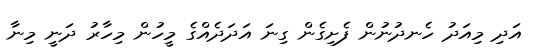
އަދި މިއަދު ހެނދުނުން ފެށިގެން ގިނަ އަދަދެއްގެ މީހުން މިހާރު ދަނީ މިނާ